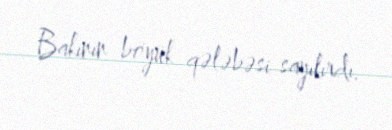
Bakının böyük qələbəsi sayılırdı.